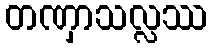
တဏှာသလ္လဿ